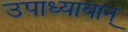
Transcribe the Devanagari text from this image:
उपाध्यायान्‌